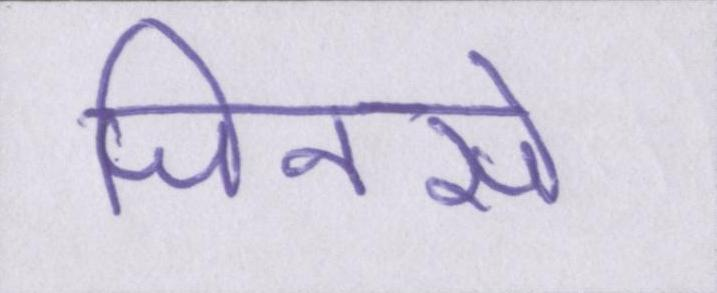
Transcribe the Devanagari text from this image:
जिनसे